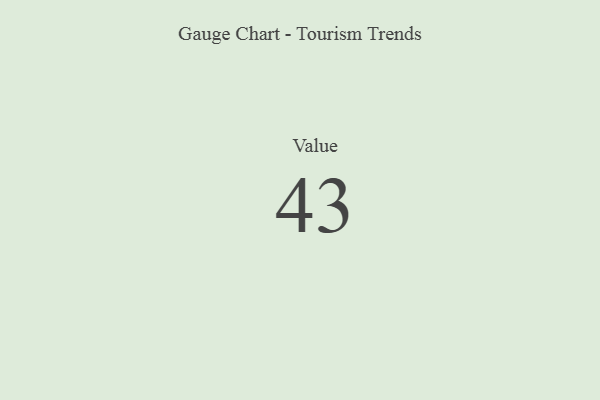
{"axis": {"x": "Metric", "y": "Value"}, "legend": [""], "data": [{"x": "Value", "y": 43, "type": ""}]}